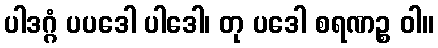
ပါဒဂ္ဂံ ပပဒေါ ပါဒေါ၊ တု ပဒေါ စရဏဉ္စ ဝါ။